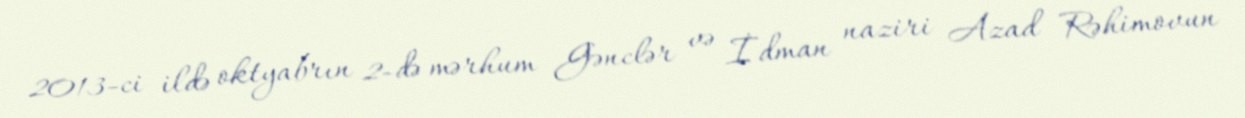
2013-ci ildə oktyabrın 2-də mərhum Gənclər və İdman naziri Azad Rəhimovun